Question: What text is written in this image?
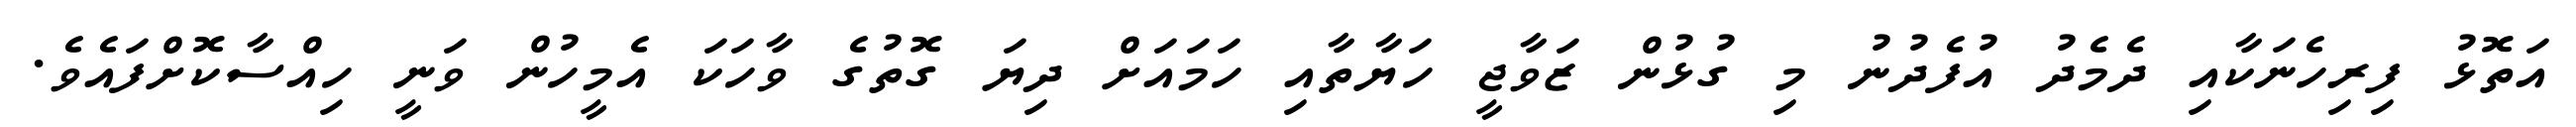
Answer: އަތޮޅު ފިރިހެނަކާއި ދެމެދު އުފެދުނު މި ގުޅުން ޒަވާޖީ ހަޔާތާއި ހަމައަށް ދިޔަ ގޮތުގެ ވާހަކަ އެމީހުން ވަނީ ހިއްސާކޮށްފައެވެ.